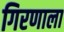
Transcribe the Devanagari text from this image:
गिरणाला